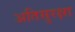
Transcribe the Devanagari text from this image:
अतिसुरक्षा